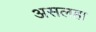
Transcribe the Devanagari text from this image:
असलहा